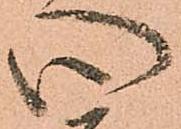
心